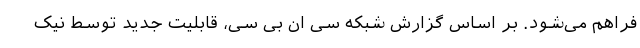
فراهم می‌شود. بر اساس گزارش شبکه سی ان بی سی، قابلیت جدید توسط نیک